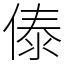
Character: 傣